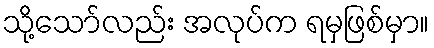
သို့သော်လည်း အလုပ်က ရမှဖြစ်မှာ။